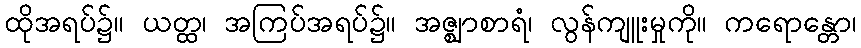
ထိုအရပ်၌။ ယတ္ထ၊ အကြပ်အရပ်၌။ အဇ္ဈာစာရံ၊ လွန်ကျူးမှုကို။ ကရောန္တော၊